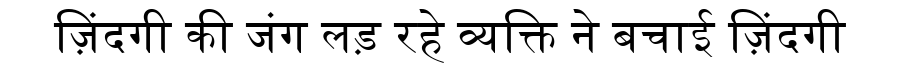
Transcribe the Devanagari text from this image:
ज़िंदगी की जंग लड़ रहे व्यक्ति ने बचाई ज़िंदगी